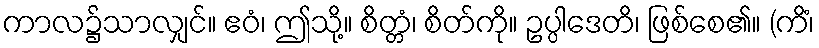
ကာလ၌သာလျှင်။ ဧဝံ၊ ဤသို့။ စိတ္တံ၊ စိတ်ကို။ ဥပ္ပါဒေတိ၊ ဖြစ်စေ၏။ (ကိံ၊